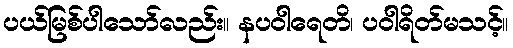
ပယ်မြစ်ပါသော်လည်း။ နပဝါရေတိ၊ ပဝါရိတ်မသင့်။